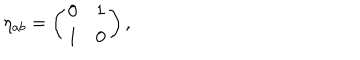
LaTeX: \eta _ { a b } = \left( \begin{array} { c c } { { 0 } } & { { 1 } } \\ { { 1 } } & { { 0 } } \\ \end{array} \right) ,